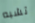
تشبه